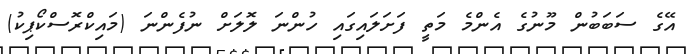
އޭގެ ސަބަބުން މޫނުގެ އެންމެ މަތީ ފަށަލައިގައި ހުންނަ ލޮލަށް ނުފެންނަ (މައިކްރޮސްކޯޕިކު)